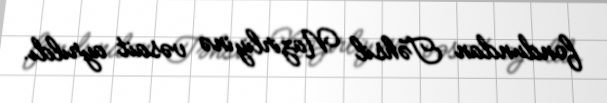
fondundan Təhsil Nazirliyinə vəsait ayrıldı.